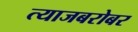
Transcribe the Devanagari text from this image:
त्याजबरोबर